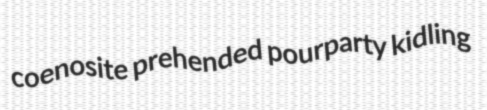
coenosite prehended pourparty kidling